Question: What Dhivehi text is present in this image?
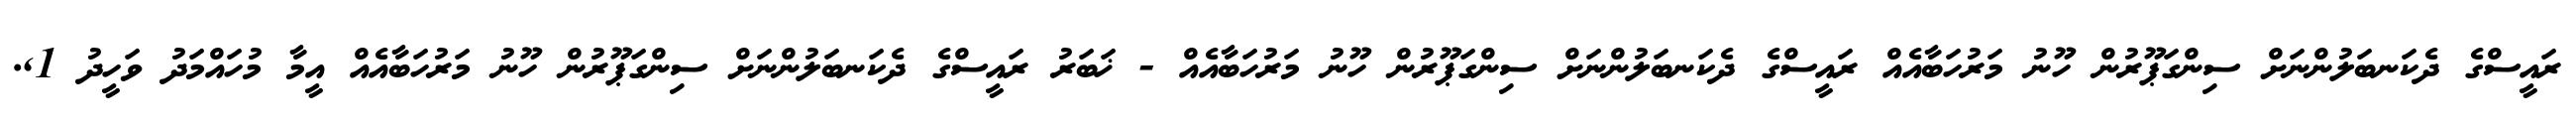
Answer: ރައީސްގެ ދެކަނބަލުންނަށް ސިންގަޕޫރުން ހޫނު މަރުހަބާއެއް ރައީސްގެ ދެކަނބަލުންނަށް ސިންގަޕޫރުން ހޫނު މަރުހަބާއެއް - ޚަބަރު ރައީސްގެ ދެކަނބަލުންނަށް ސިންގަޕޫރުން ހޫނު މަރުހަބާއެއް އީމާ މުހައްމަދު ވަހީދު 1,.